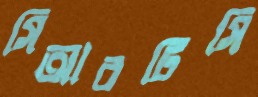
সিআরটিসি